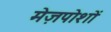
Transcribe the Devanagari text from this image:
मेज़पोशों